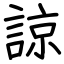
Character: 諒